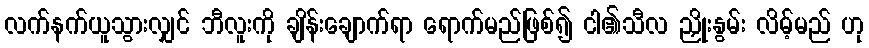
လက်နက်ယူသွားလျှင် ဘီလူးကို ချိန်းချောက်ရာ ရောက်မည်ဖြစ်၍ ငါ၏သီလ ညှိုးနွမ်း လိမ့်မည် ဟု